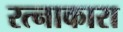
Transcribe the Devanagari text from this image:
रत्नाकारा